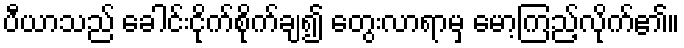
ပီယာသည် ခေါင်းငိုက်စိုက်ချ၍ တွေးလာရာမှ မော့ကြည့်လိုက်၏။